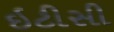
ઇટીસી